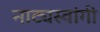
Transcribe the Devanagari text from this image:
नाट्यस्वांगी